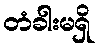
တံခါးမရှိ